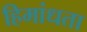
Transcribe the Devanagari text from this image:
हिमांधता